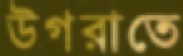
উগরাতে